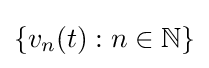
\{v_{n}(t):n\in \mathbb {N} \}